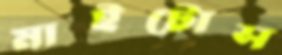
মাইটোস